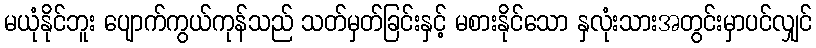
မယုံနိုင်ဘူး ပျောက်ကွယ်ကုန်သည် သတ်မှတ်ခြင်းနှင့် မစားနိုင်သော နှလုံးသားအတွင်းမှာပင်လျှင်